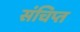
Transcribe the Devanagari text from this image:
संचिप्त